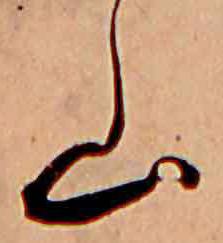
山